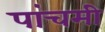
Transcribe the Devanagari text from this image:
पांचमी